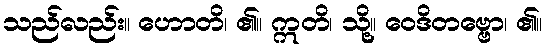
သည်လည်း။ ဟောတိ၊ ၏။ ဣတိ၊ သို့။ ဝေဒိတဗ္ဗော၊ ၏။